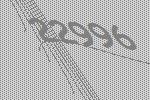
22996